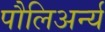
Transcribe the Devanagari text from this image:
पौलिअर्न्य